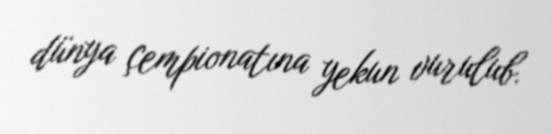
dünya çempionatına yekun vurulub.